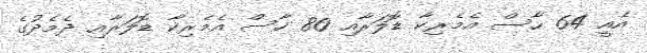
އެއީ 64 ހާސް އެމެރިކާ ޑޮލަރާއި 80 ހާސް އެމެރިކާ ޑޮލަރާއި ދެމެދުގެ